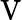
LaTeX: \mathrm{V}